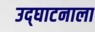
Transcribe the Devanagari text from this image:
उद्‌घाटनाला